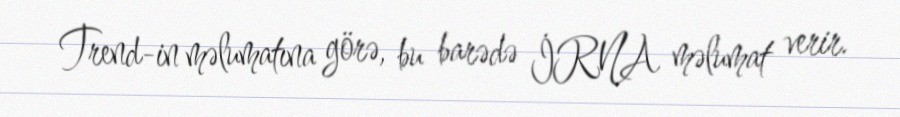
Trend-in məlumatına görə, bu barədə İRNA məlumat verir.